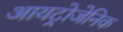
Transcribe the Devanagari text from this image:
आयट्रोजेनिक